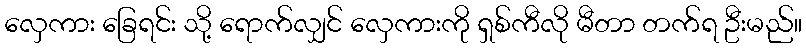
လှေကား ခြေရင်း သို့ ရောက်လျှင် လှေကားကို ရှစ်ကီလို မီတာ တက်ရ ဦးမည်။